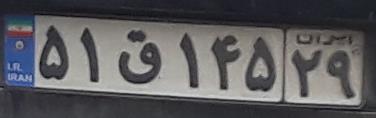
۵۱ق۱۴۵۲۹